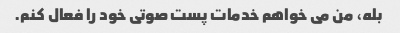
بله، من می خواهم خدمات پست صوتی خود را فعال کنم.